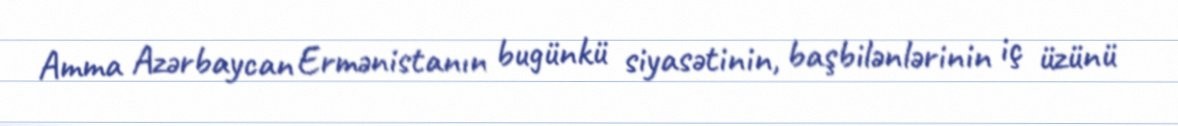
Amma Azərbaycan Ermənistanın bugünkü siyasətinin, başbilənlərinin iç üzünü